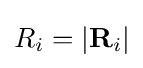
R_{i}=|{\textbf {R}}_{i}|